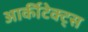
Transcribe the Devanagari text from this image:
आर्कीटेक्ट्स